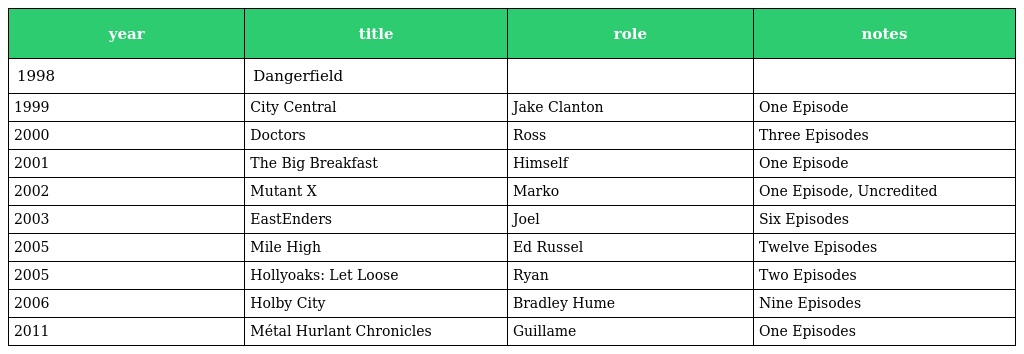
| year | title | role | notes |
 | --- | --- | --- | --- |
 | 1998 | Dangerfield |  |  |
 | 1999 | City Central | Jake Clanton | One Episode |
 | 2000 | Doctors | Ross | Three Episodes |
 | 2001 | The Big Breakfast | Himself | One Episode |
 | 2002 | Mutant X | Marko | One Episode, Uncredited |
 | 2003 | EastEnders | Joel | Six Episodes |
 | 2005 | Mile High | Ed Russel | Twelve Episodes |
 | 2005 | Hollyoaks: Let Loose | Ryan | Two Episodes |
 | 2006 | Holby City | Bradley Hume | Nine Episodes |
 | 2011 | Métal Hurlant Chronicles | Guillame | One Episodes |